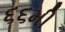
૬૬મી